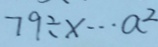
7 9 \div x \cdots a ^ { 2 }